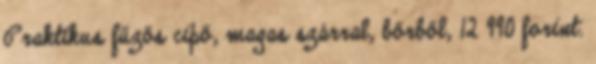
Praktikus fűzős cipő, magas szárral, bőrből, 12 990 forint.